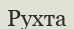
Рухта